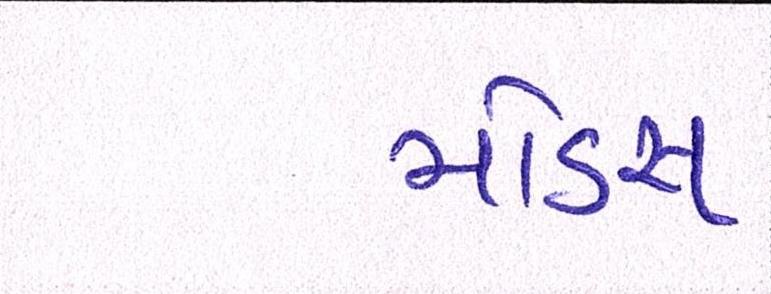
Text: મોડસ